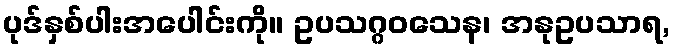
ပုဒ်နှစ်ပါးအပေါင်းကို။ ဥပသဂ္ဂဝသေန၊ အနုဥပသာရ,